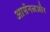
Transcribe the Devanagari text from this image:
आर्सेनलऔर